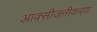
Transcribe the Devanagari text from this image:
आक्सीजनीकरण